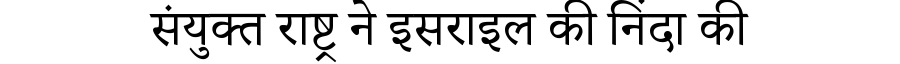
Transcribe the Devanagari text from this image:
संयुक्त राष्ट्र ने इसराइल की निंदा की